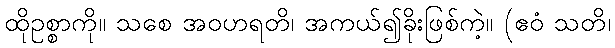
ထိုဥစ္စာကို။ သစေ အဝဟရတိ၊ အကယ်၍ခိုးဖြစ်ကဲ့။ (ဧဝံ သတိ၊